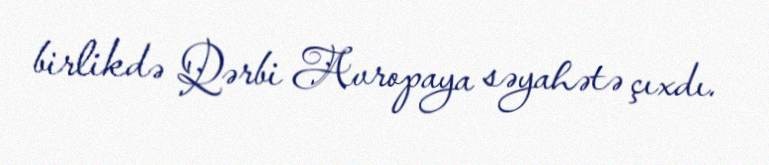
birlikdə Qərbi Avropaya səyahətə çıxdı.